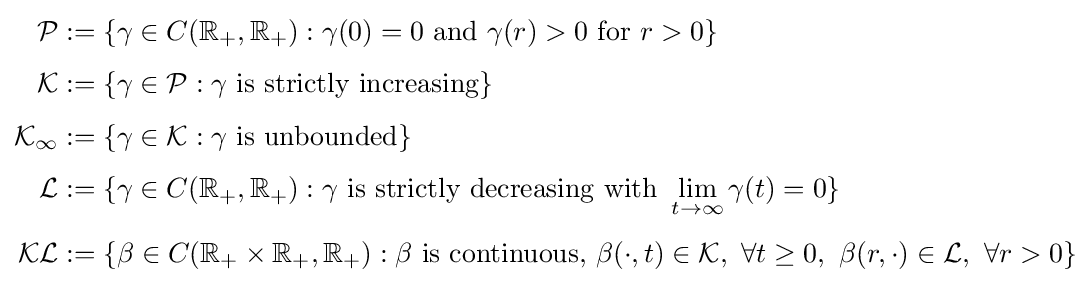
{\begin{aligned}{\mathcal {P}}&:=\left\{\gamma \in C({\mathbb {R} }_{+},{\mathbb {R} }_{+}):\gamma (0)=0{\text{ and }}\gamma (r)>0{\text{ for }}r>0\right\}\\[4pt]{\mathcal {K}}&:=\left\{\gamma \in {\mathcal {P}}:\gamma {\text{ is strictly increasing}}\right\}\\[4pt]{\mathcal {K}}_{\infty }&:=\left\{\gamma \in {\mathcal {K}}:\gamma {\text{ is unbounded}}\right\}\\[4pt]{\mathcal {L}}&:=\{\gamma \in C({\mathbb {R} }_{+},{\mathbb {R} }_{+}):\gamma {\text{ is strictly decreasing with }}\lim _{t\rightarrow \infty }\gamma (t)=0\}\\[4pt]{\mathcal {KL}}&:=\left\{\beta \in C({\mathbb {R} }_{+}\times {\mathbb {R} }_{+},{\mathbb {R} }_{+}):\beta {\text{ is continuous, }}\beta (\cdot ,t)\in {\mathcal {K}},\ \forall t\geq 0,\ \beta (r,\cdot )\in {\mathcal {L}},\ \forall r>0\right\}\end{aligned}}